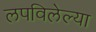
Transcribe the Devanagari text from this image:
लपविलेल्या